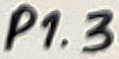
Text: P1.3